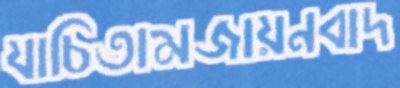
যাচিতামজায়নবাদ